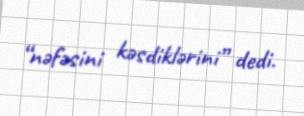
“nəfəsini kəsdiklərini” dedi.